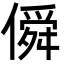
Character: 僢